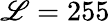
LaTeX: \mathscr{L}=255